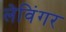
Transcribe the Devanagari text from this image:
लेविंगर